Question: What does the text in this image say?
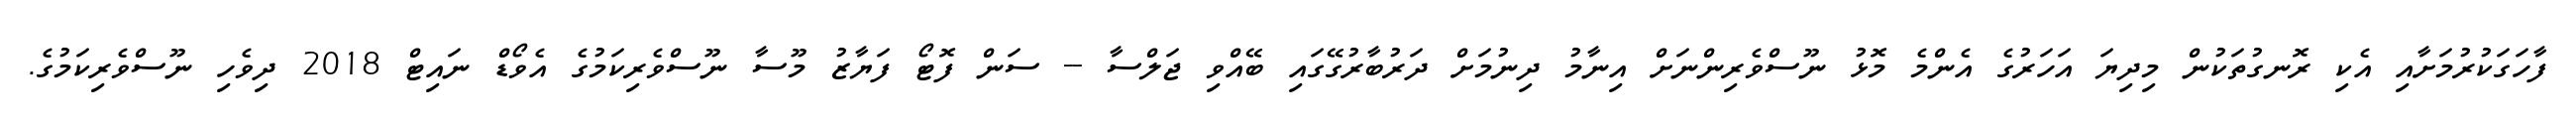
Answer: ފާހަގަކުރުމަށާއި އެކި ރޮނގުތަކުން މިދިޔަ އަހަރުގެ އެންމެ މޮޅު ނޫސްވެރިންނަށް އިނާމު ދިނުމަށް ދަރުބާރުގޭގައި ބޭއްވި ޖަލްސާ -- ސަން ފޮޓޯ ފަޔާޒު މޫސާ ނޫސްވެރިކަމުގެ އެވޯޑް ނައިޓް 2018 ދިވެހި ނޫސްވެރިކަމުގެ.